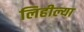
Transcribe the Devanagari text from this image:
लिहील्या